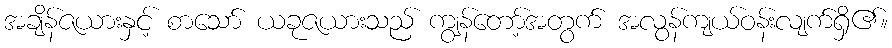
အချိန်ဇယားနှင့် စာသော် ယခုဇယားသည် ကျွန်တော့်အတွက် အလွန်ကျယ်ဝန်းလျက်ရှိ၏။